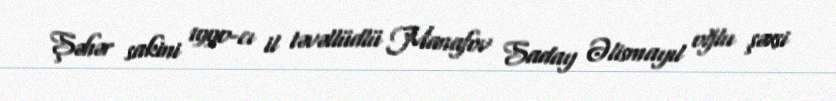
Şəhər sakini 1990-cı il təvəllüdlü Manafov Saday Əlismayıl oğlu şəxsi